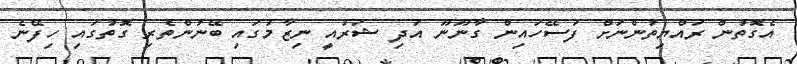
އެގޮތުން ރައްޔިތުންނަށް ފަސޭހައިން ގާނޫނޫ އަދި ޝަރުއީ ނިޒާމުގައި ބޭނުންތެރި ގޮތުގައި ހިފޭނެ